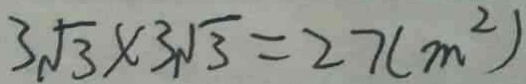
3 \sqrt { 3 } \times 3 \sqrt { 3 } = 2 7 ( m ^ { 2 } )